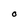
Character: O